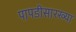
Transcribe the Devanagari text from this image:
पापडीसारख्या